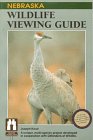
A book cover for Nebraska Wildlife Viewing Guide (Wildlife Viewing Guides Series); Joseph Knue; Travel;